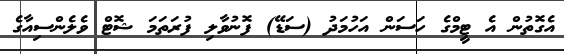
އެގޮތުން އެ ޓީމްގެ ހަސަން އަހުމަދު (ސަޑޭ) ފޮނުވާލި ފުރަތަމަ ޝޮޓް ވެލެންސިއާގެ